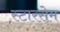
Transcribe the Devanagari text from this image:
स्टारसेम